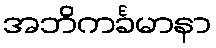
အဘိကင်္ခမာနာ